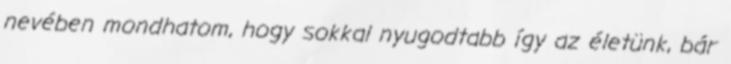
nevében mondhatom, hogy sokkal nyugodtabb így az életünk, bár